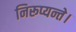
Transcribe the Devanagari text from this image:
निरूप्यन्ते।